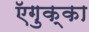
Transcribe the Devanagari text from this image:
ऍगुक्का